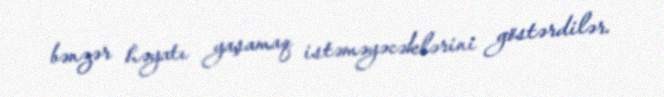
bənzər həyatı yaşamaq istəməyəcəklərini göstərdilər.